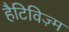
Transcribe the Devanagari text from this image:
हैटिविज़्म